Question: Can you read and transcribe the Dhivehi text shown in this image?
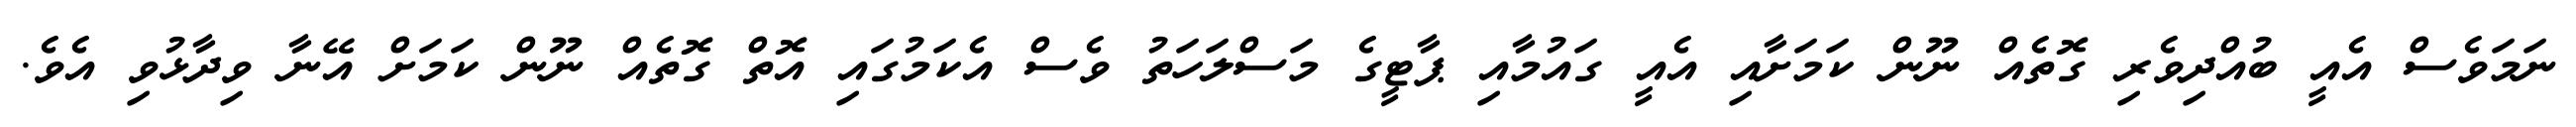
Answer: ނަމަވެސް އެއީ ބުއްދިވެރި ގޮތެއް ނޫން ކަމަށާއި އެއީ ގައުމާއި ޕާޓީގެ މަސްލަހަތު ވެސް އެކަމުގައި އޮތް ގޮތެއް ނޫން ކަމަށް އޭނާ ވިދާޅުވި އެވެ.